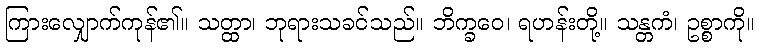
ကြားလျှောက်ကုန်၏။ သတ္ထာ၊ ဘုရားသခင်သည်။ ဘိက္ခဝေ၊ ရဟန်းတို့။ သန္တကံ၊ ဥစ္စာကို။